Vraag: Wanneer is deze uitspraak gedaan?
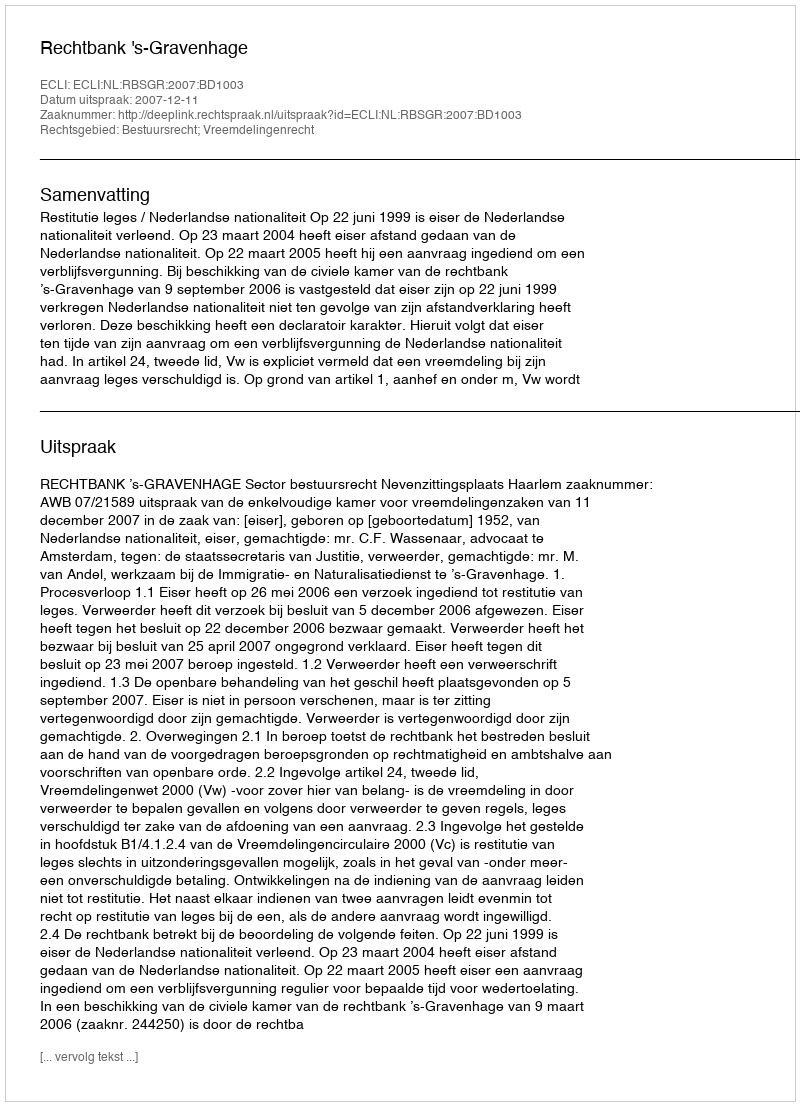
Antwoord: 2007-12-11